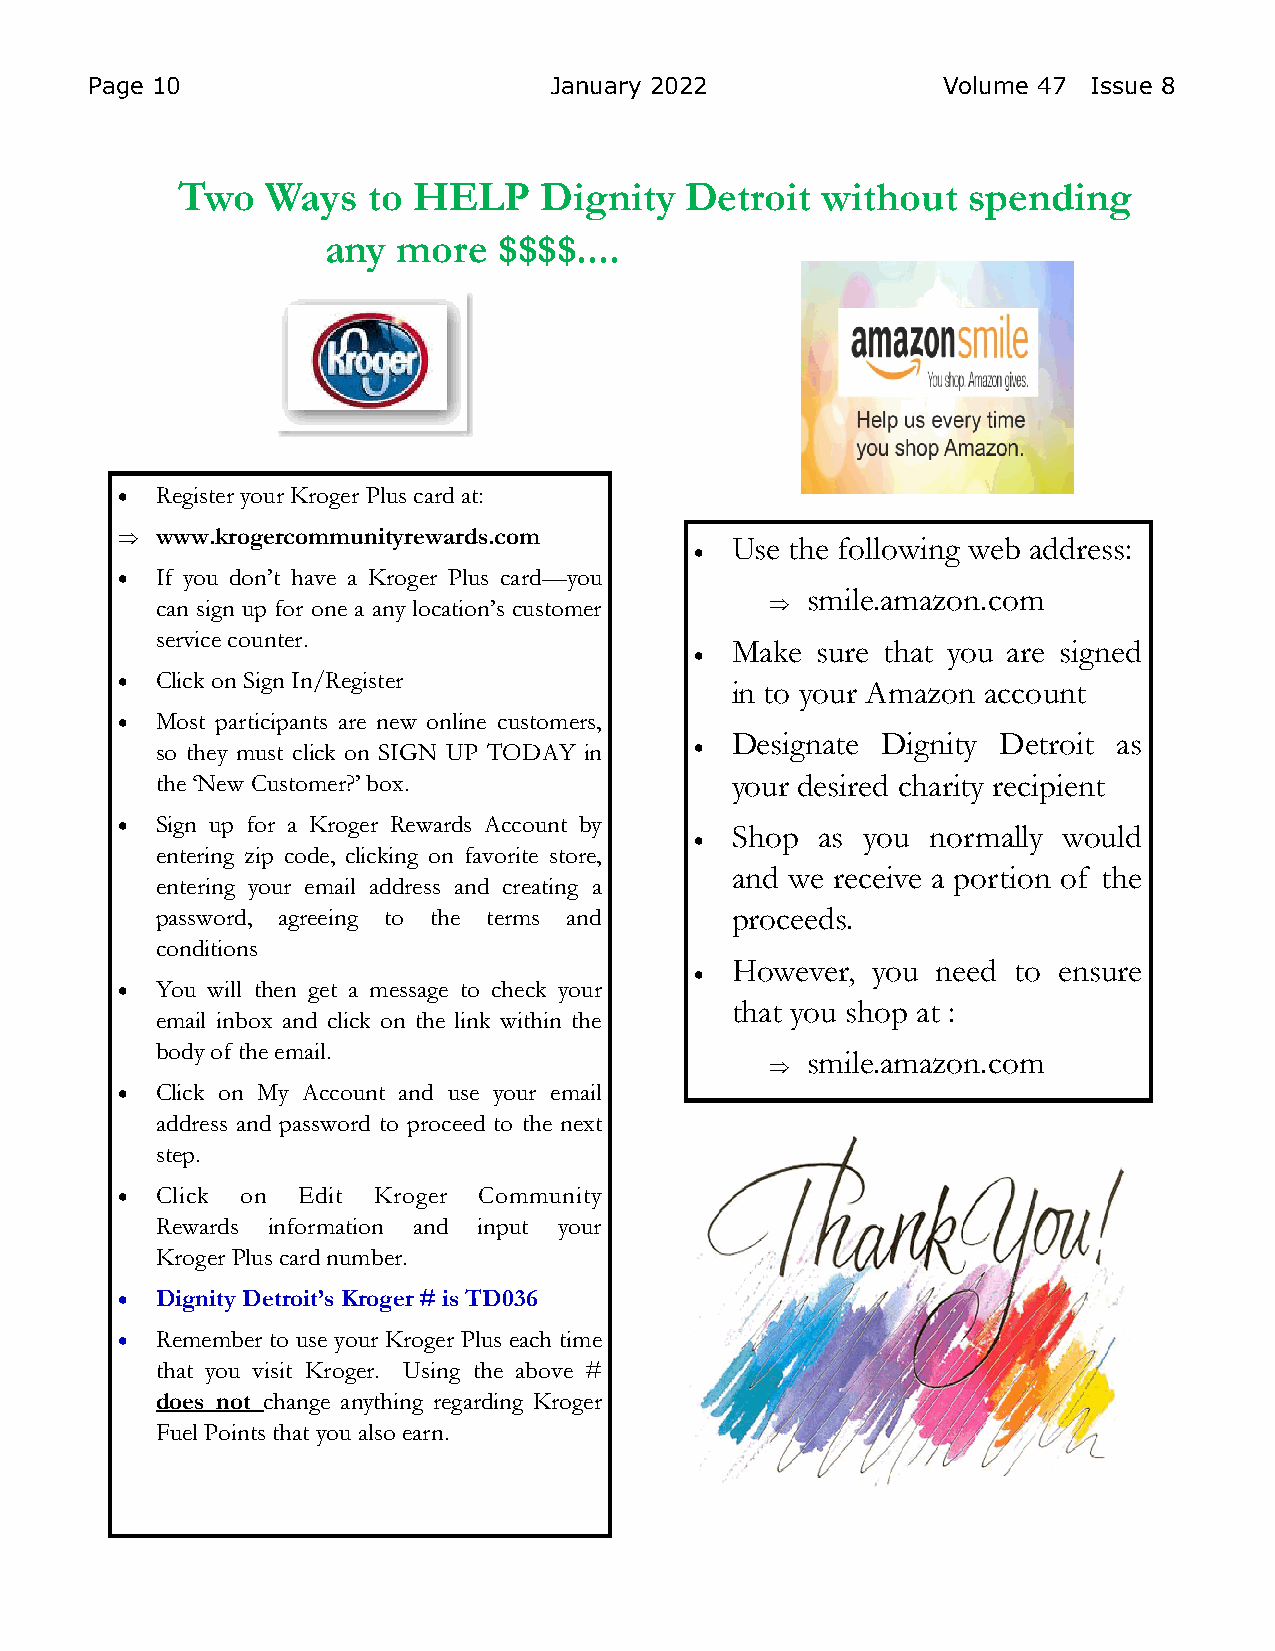
Page 10                       January 2022              Volume 47 Issue 8
 Two   Ways  to HELP     Dignity  Detroit  without   spending
 any  more   $$$$....
  Register your Kroger Plus card at:
  www.krogercommunityrewards.com
 Use the following web address:
 
  If you don’t have a Kroger Plus card—you
 smile.amazon.com
 can sign up for one a any location’s customer 
 service counter.
 Make  sure that you are signed
 
  Click on Sign In/Register
 in to your Amazon account
  Most participants are new online customers,
 Designate Dignity Detroit as
 so they must click on SIGN UP TODAY in 
 the ‘New Customer?’ box.              your desired charity recipient
  Sign up for a Kroger Rewards Account by
 Shop  as you  normally would
 
 entering zip code, clicking on favorite store,
 and we receive a portion of the
 entering your email address and creating a
 password, agreeing to the terms and   proceeds.
 conditions
 However,  you need to ensure
 
  You will then get a message to check your
 that you shop at :
 email inbox and click on the link within the
 body of the email.
 smile.amazon.com
 
  Click on My Account and use your email
 address and password to proceed to the next
 step.
  Click on  Edit Kroger Community
 Rewards information and input your
 Kroger Plus card number.
  Dignity Detroit’s Kroger # is TD036
  Remember to use your Kroger Plus each time
 that you visit Kroger. Using the above #
 does not change anything regarding Kroger
 Fuel Points that you also earn.